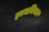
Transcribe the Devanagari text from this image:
इस्थमियान